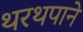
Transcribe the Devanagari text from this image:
थरथपाने